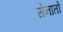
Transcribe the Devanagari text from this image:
सेनातो